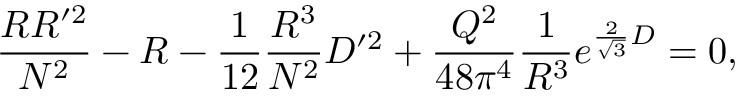
{ \frac { R R ^ { \prime 2 } } { N ^ { 2 } } } - R - { \frac { 1 } { 1 2 } } { \frac { R ^ { 3 } } { N ^ { 2 } } } D ^ { \prime 2 } + { \frac { Q ^ { 2 } } { 4 8 \pi ^ { 4 } } } { \frac { 1 } { R ^ { 3 } } } e ^ { { \frac { 2 } { \sqrt 3 } } D } = 0 ,